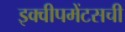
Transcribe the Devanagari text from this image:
इक्वीपमेंटसची